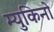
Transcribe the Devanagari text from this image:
म्युकिनो